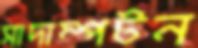
সাদাম্পটন